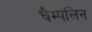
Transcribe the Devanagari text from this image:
चैम्पलिन